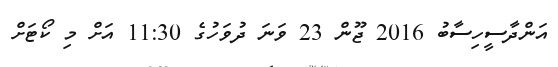
އަންދާސީހިސާބު 2016 ޖޫން 23 ވަނަ ދުވަހުގެ 11:30 އަށް މި ކޯޓަށް